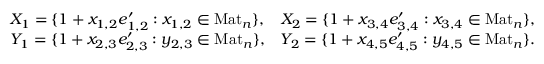
\begin{array} { r l r } & { X _ { 1 } = \{ 1 + x _ { 1 , 2 } e _ { 1 , 2 } ^ { \prime } : x _ { 1 , 2 } \in \mathrm { M a t } _ { n } \} , } & { X _ { 2 } = \{ 1 + x _ { 3 , 4 } e _ { 3 , 4 } ^ { \prime } : x _ { 3 , 4 } \in \mathrm { M a t } _ { n } \} , } \\ & { Y _ { 1 } = \{ 1 + x _ { 2 , 3 } e _ { 2 , 3 } ^ { \prime } : y _ { 2 , 3 } \in \mathrm { M a t } _ { n } \} , } & { Y _ { 2 } = \{ 1 + x _ { 4 , 5 } e _ { 4 , 5 } ^ { \prime } : y _ { 4 , 5 } \in \mathrm { M a t } _ { n } \} . } \end{array}